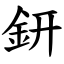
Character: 鈃